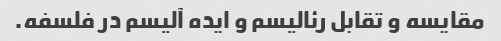
مقایسه و تقابل رئالیسم و ایده آلیسم در فلسفه.